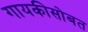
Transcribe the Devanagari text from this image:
गायकीसोबत